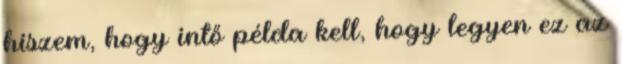
hiszem, hogy intő példa kell, hogy legyen ez az